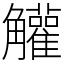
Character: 䚭